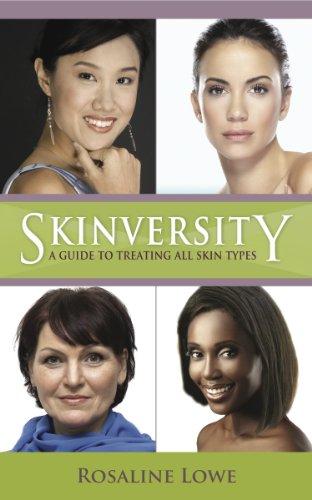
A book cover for Skinversity - A Guide to Treating All Skin Types; Rosaline Lowe; Health, Fitness & Dieting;